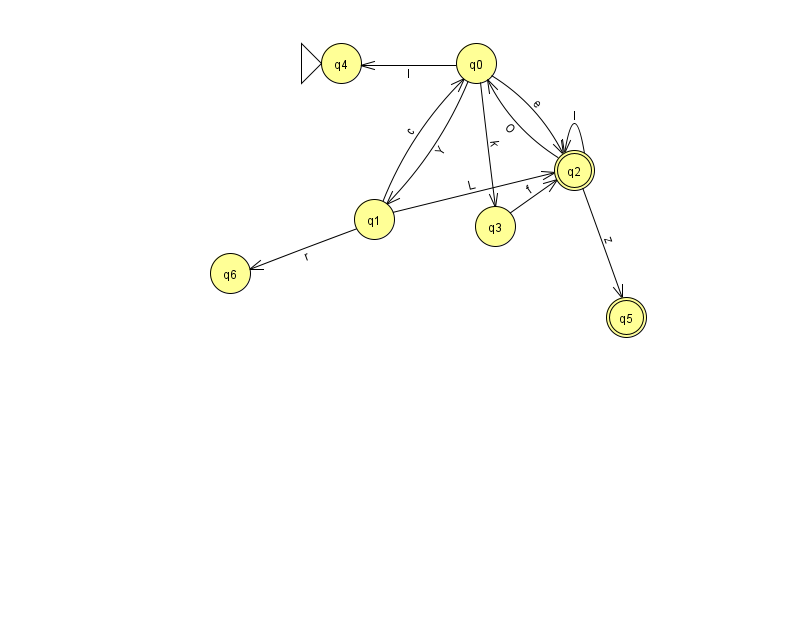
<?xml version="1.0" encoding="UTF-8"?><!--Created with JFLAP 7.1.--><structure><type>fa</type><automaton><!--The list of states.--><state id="0" name="q0"><x>476.0</x><y>50.0</y></state><state id="1" name="q1"><x>374.0</x><y>206.0</y></state><state id="2" name="q2"><x>574.0</x><y>157.0</y><final/></state><state id="3" name="q3"><x>495.0</x><y>213.0</y></state><state id="4" name="q4"><x>341.0</x><y>50.0</y><initial/></state><state id="5" name="q5"><x>626.0</x><y>304.0</y><final/></state><state id="6" name="q6"><x>230.0</x><y>260.0</y></state><!--The list of transitions.--><transition><from>3</from><to>2</to><read>f</read></transition><transition><from>2</from><to>5</to><read>z</read></transition><transition><from>1</from><to>0</to><read>c</read></transition><transition><from>1</from><to>6</to><read>r</read></transition><transition><from>0</from><to>2</to><read>e</read></transition><transition><from>1</from><to>2</to><read>L</read></transition><transition><from>2</from><to>2</to><read>I</read></transition><transition><from>0</from><to>4</to><read>I</read></transition><transition><from>2</from><to>0</to><read>O</read></transition><transition><from>0</from><to>3</to><read>k</read></transition><transition><from>0</from><to>1</to><read>Y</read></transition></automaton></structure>